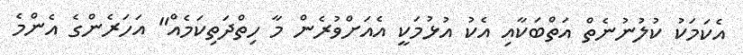
އެކަމަކު ކުލުނުނެތް އަތްބަކާއި އެކު އުޅުމަކީ އެއަށްވުރެން މާ ހިތްދަތިކަމެއް" އަހަރެންގެ އެންމެ